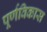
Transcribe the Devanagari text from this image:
पूर्णविकास